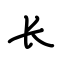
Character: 长